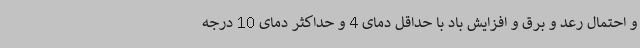
و احتمال رعد و برق و افزایش باد با حداقل دمای 4 و حداکثر دمای 10 درجه